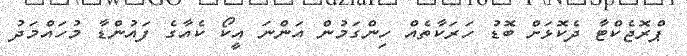
ޕްރޮޖެކްޓާ ދެކޮޅަށް ބޮޑު ހަރަކާތެއް ހިންގަމުން އަންނަ އީކޯ ކެއާގެ ފައުންޑާ މުހައްމަދު